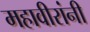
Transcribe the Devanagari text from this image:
महावीरांनी